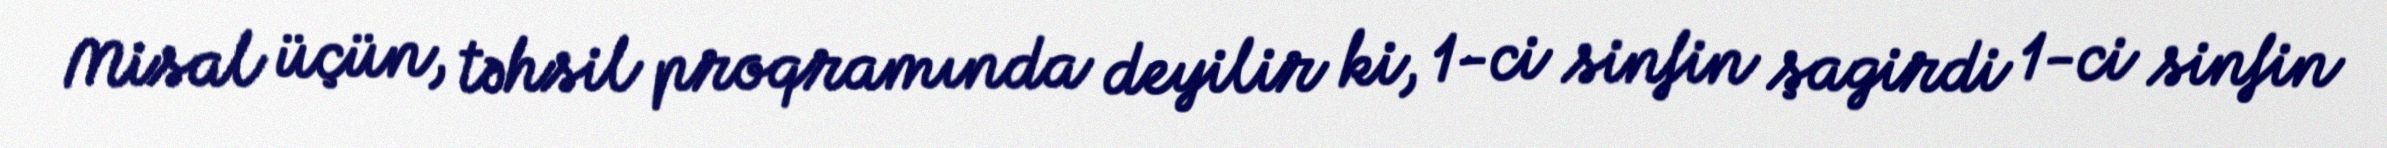
Misal üçün, təhsil proqramında deyilir ki, 1-ci sinfin şagirdi 1-ci sinfin